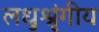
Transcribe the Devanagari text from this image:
लधुश्रृंगीय